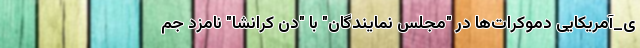
ی_آمریکایی دموکرات‌ها در "مجلس نمایندگان" با "دن کرانشا" نامزد جم